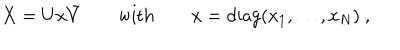
X = U x \bar { V } \qquad \mathrm { w i t h } \qquad x = \mathrm { d i a g } ( x _ { 1 } , \ldots , x _ { N } ) \ ,